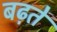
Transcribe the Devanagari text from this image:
बढ़तें